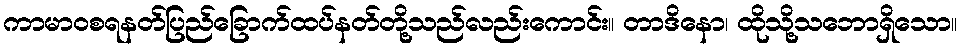
ကာမာဝစရနတ်ပြည်ခြောက်ထပ်နတ်တို့သည်လည်းကောင်း။ တာဒိနော၊ ထိုသို့သဘောရှိသော။